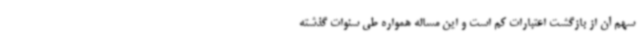
سهم آن از بازگشت اعتبارات کم است و این مساله همواره طی سنوات گذشته